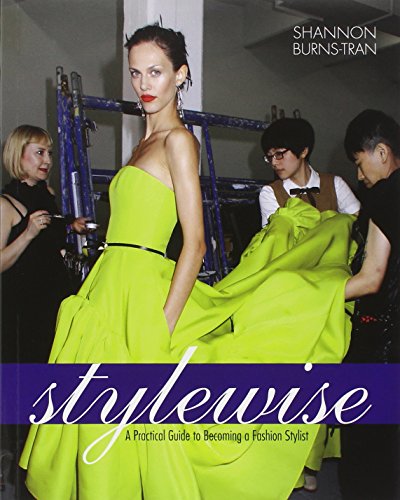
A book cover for Style Wise: A Practical Guide to Becoming a Fashion Stylist; Shannon Burns; Business & Money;